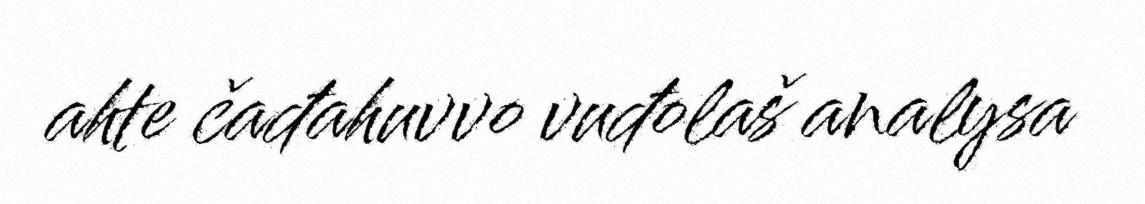
ahte čađahuvvo vuđolaš analysa